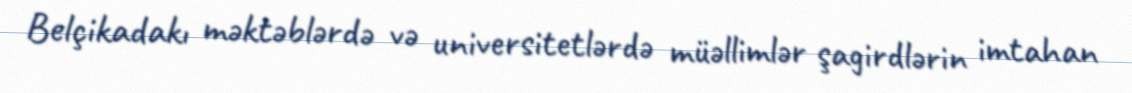
Belçikadakı məktəblərdə və universitetlərdə müəllimlər şagirdlərin imtahan